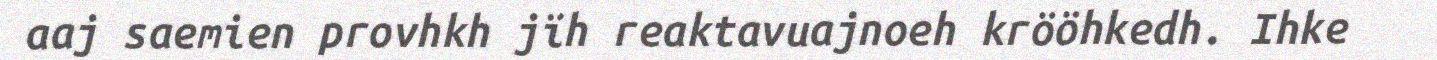
aaj saemien provhkh jïh reaktavuajnoeh krööhkedh. Ihke